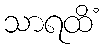
သာရထိံ